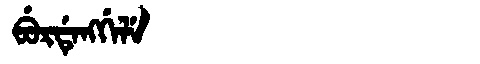
Manchu: ᠪᡠᡵᡩᡝᠩᡤᡝᠯᡝ
Romanization: BURDENGGELE